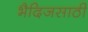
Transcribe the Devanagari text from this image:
भैदिजसाठी